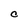
Character: C